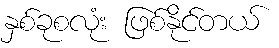
နှစ်ခုစလုံး ဖြစ်နိုင်တယ်